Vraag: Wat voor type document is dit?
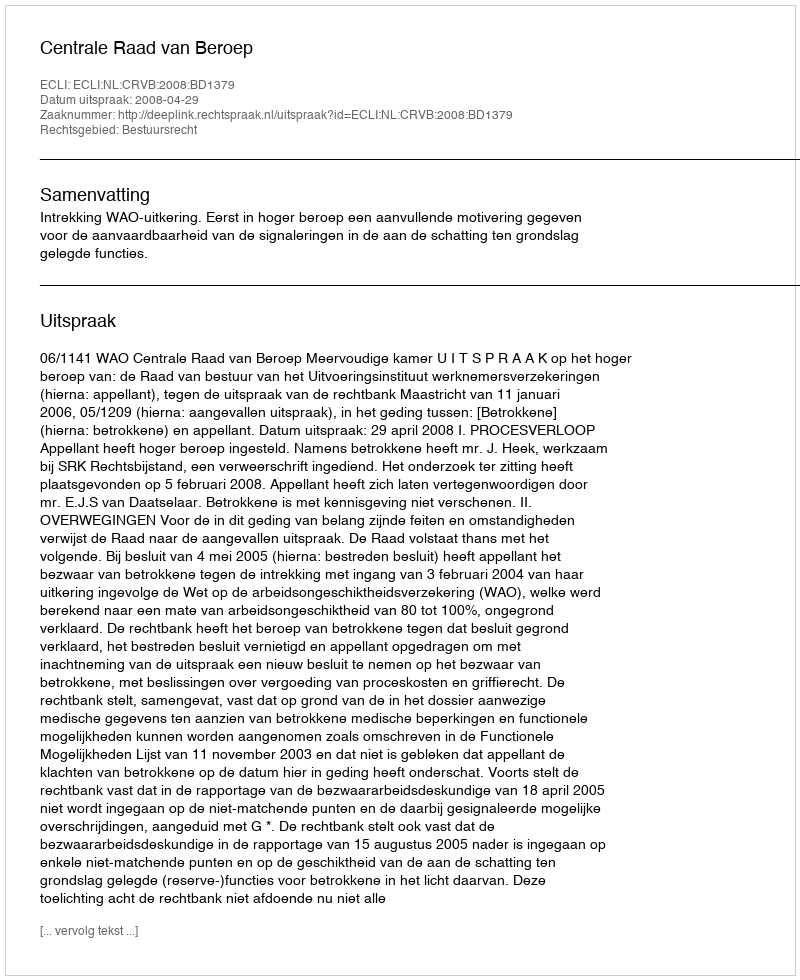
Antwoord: Uitspraak